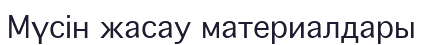
Мүсін жасау материалдары